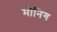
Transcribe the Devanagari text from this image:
मीनिग